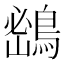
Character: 𪂨